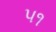
૫૧